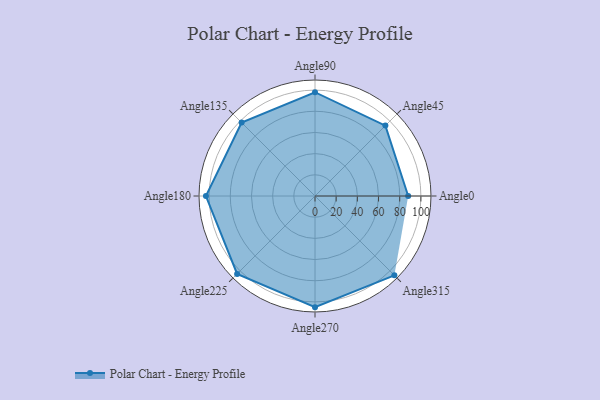
{"axis": {"x": "Angle", "y": "Radius"}, "legend": [""], "data": [{"x": "Angle0", "y": 88.0, "type": ""}, {"x": "Angle45", "y": 94.0, "type": ""}, {"x": "Angle90", "y": 98.0, "type": ""}, {"x": "Angle135", "y": 98.0, "type": ""}, {"x": "Angle180", "y": 103.0, "type": ""}, {"x": "Angle225", "y": 104.0, "type": ""}, {"x": "Angle270", "y": 105.0, "type": ""}, {"x": "Angle315", "y": 106.0, "type": ""}]}